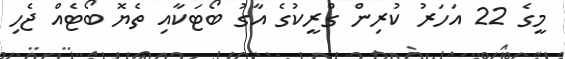
މީގެ 22 އަހަރު ކުރިން ގްރީކުގެ އާގު ބޯޓަކާއި ތެޔޮ ބޯޓެއް ޖެހި